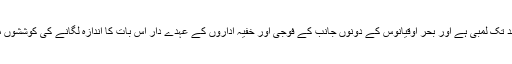
لیکن عراق اور شام سے باہر اہداف کی فہرست تشویش ناک حد تک لمبی ہے اور بحر اوقیانوس کے دونوں جانب کے فوجی اور خفیہ اداروں کے عہدے دار اس بات کا اندازہ لگانے کی کوششوں میں ہیں کہ ممکنہ طور پر تہران کب اور کہاں حملہ کرے گا۔